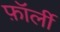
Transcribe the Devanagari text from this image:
फ़ॉर्ली